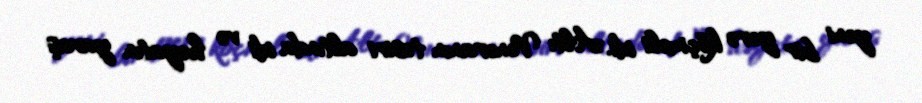
yeni bir yerə köçməli idi. Altı Veneranın təsiri altında idi və həyatın yavaş